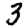
Digit: 3